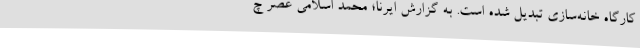
کارگاه خانه‌سازی تبدیل شده است. به گزارش ایرنا؛ محمد اسلامی عصر چ